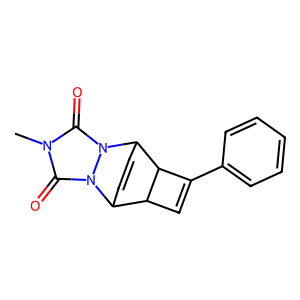
SMILES: Cn1c(=O)n2n(c1=O)C1C=CC2C2C=C(c3ccccc3)C21
Inhibits HIV replication: No